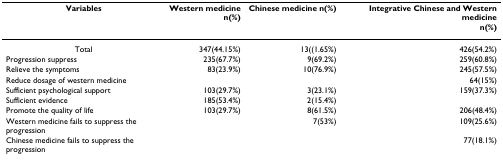
<table><thead><tr><td><b>Variables</b></td><td><b>Western medicinen(%)</b></td><td><b>Chinese medicine n(%)</b></td><td><b>Integrative Chinese and Western medicinen(%)</b></td></tr></thead><tbody><tr><td>Total</td><td>347(44.15%)</td><td>13((1.65%)</td><td>426(54.2%)</td></tr><tr><td>Progression suppress</td><td>235(67.7%)</td><td>9(69.2%)</td><td>259(60.8%)</td></tr><tr><td>Relieve the symptoms</td><td>83(23.9%)</td><td>10(76.9%)</td><td>245(57.5%)</td></tr><tr><td>Reduce dosage of western medicine</td><td></td><td></td><td>64(15%)</td></tr><tr><td>Sufficient psychological support</td><td>103(29.7%)</td><td>3(23.1%)</td><td>159(37.3%)</td></tr><tr><td>Sufficient evidence</td><td>185(53.4%)</td><td>2(15.4%)</td><td></td></tr><tr><td>Promote the quality of life</td><td>103(29.7%)</td><td>8(61.5%)</td><td>206(48.4%)</td></tr><tr><td>Western medicine fails to suppress the progression</td><td></td><td>7(53%)</td><td>109(25.6%)</td></tr><tr><td>Chinese medicine fails to suppress the progression</td><td></td><td></td><td>77(18.1%)</td></tr></tbody></table>